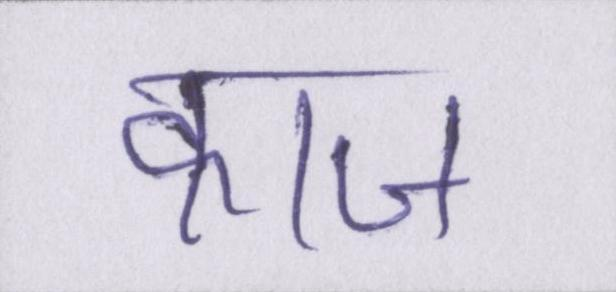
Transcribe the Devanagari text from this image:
काज